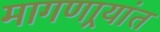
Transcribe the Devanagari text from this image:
मागणार्‍यांत